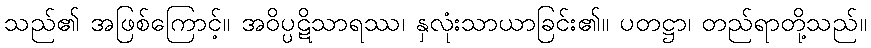
သည်၏ အဖြစ်ကြောင့်။ အဝိပ္ပဋိသာရဿ၊ နှလုံးသာယာခြင်း၏။ ပတဋ္ဌာ၊ တည်ရာတို့သည်။